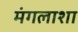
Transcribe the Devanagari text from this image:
मंगलाशा